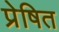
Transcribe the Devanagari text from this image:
प्रेषित